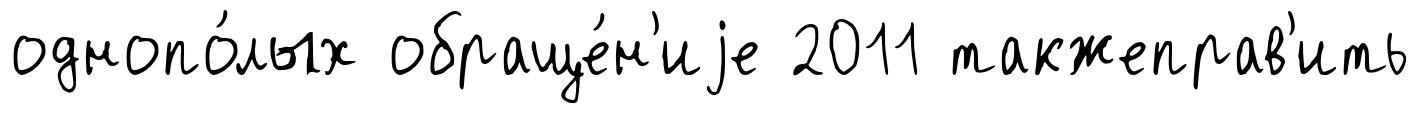
однопо́лых обраще́н'иjе 2011 такжеправ'ить